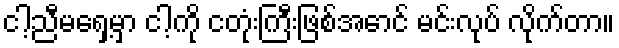
ငါ့ညီမရှေ့မှာ ငါ့ကို ငတုံးကြီးဖြစ်အောင် မင်းလုပ် လိုက်တာ။